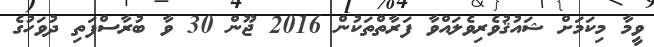
ވީމާ މިކަމަށް ޝައުޤުވެރިވެލައްވާ ފަރާތްތަކުން 2016 ޖޫން 30 ވާ ބުރާސްފަތި ދުވަހުގެ